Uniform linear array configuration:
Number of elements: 12
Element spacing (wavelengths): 1
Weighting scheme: cosine
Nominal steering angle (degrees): -30
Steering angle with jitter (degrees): -28.921
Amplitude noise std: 0.05
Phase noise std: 0.05

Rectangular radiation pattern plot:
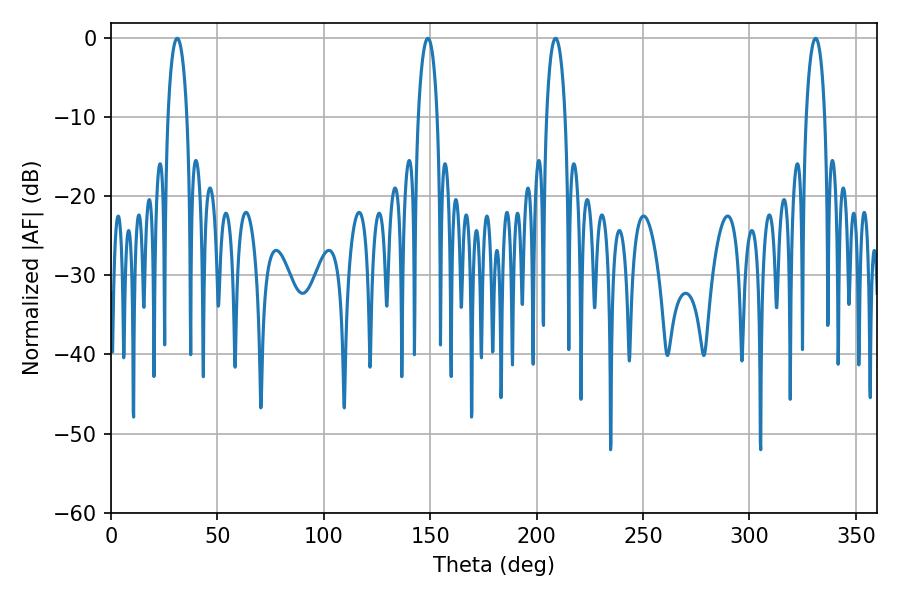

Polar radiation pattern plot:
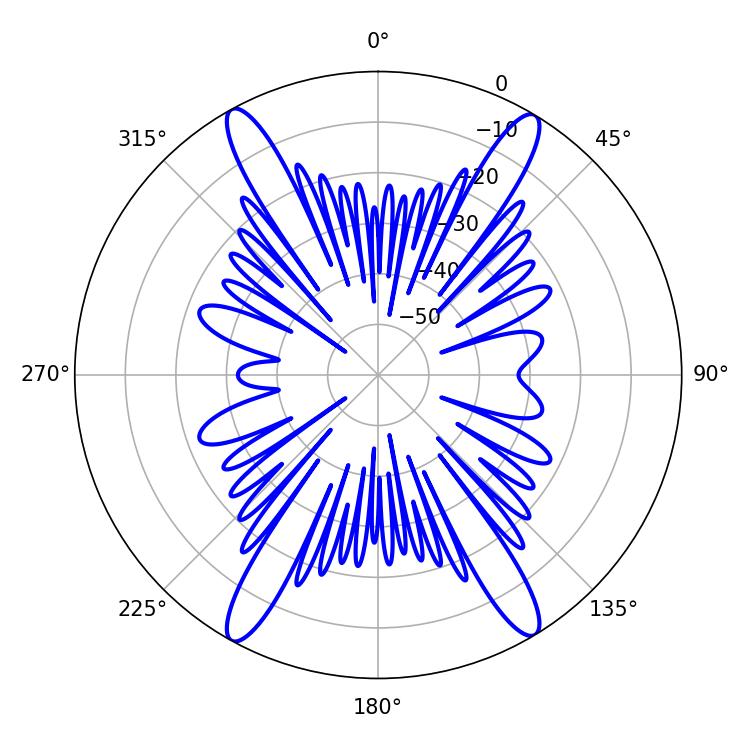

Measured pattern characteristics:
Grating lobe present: TRUE
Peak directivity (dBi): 23.539
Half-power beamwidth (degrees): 5.04
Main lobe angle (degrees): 31.14